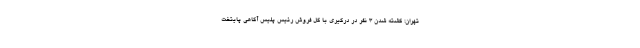
تهران: کشته شدن ۳ نفر در درگیری با گل فروش رئیس پلیس آگاهی پایتخت